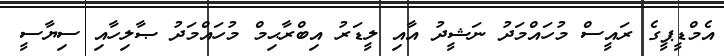
އެމްޑީޕީގެ ރައީސް މުހައްމަދު ނަޝީދު އާއި ލީޑަރު އިބްރާޙިމް މުހައްމަދު ޞާލިހާއި ސިޔާސީ